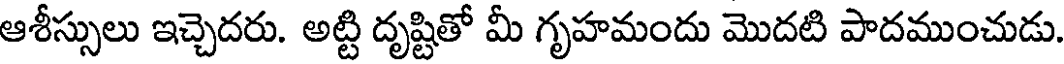
ఆశీస్సులు ఇచ్చెదరు. అట్టి దృష్టితో మీ గృహమందు మొదటి పాదముంచుడు.